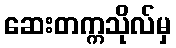
ဆေးတက္ကသိုလ်မှ